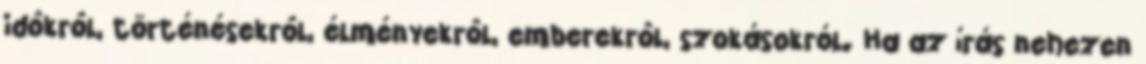
idôkrôl, történésekrôl, élményekrôl, emberekrôl, szokásokról. Ha az írás nehezen